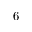
6